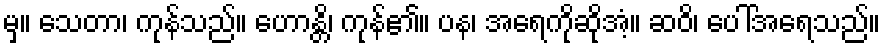
မှ။ သေတာ၊ ကုန်သည်။ ဟောန္တိ၊ ကုန်၏။ ပန၊ အရေကိုဆိုအံ့။ ဆဝိ၊ ပေါ်အရေသည်။